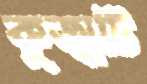
কুজ্‌ঝটি